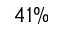
4 1 \%